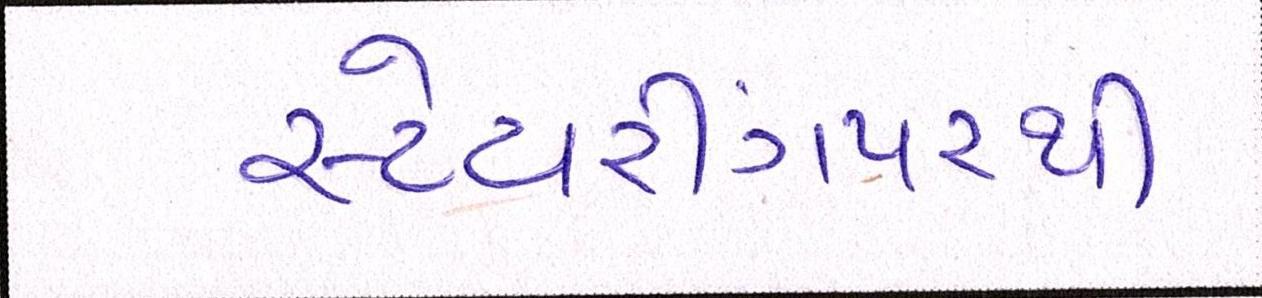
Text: સ્ટેયરીંગપરથી